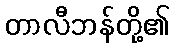
တာလီဘန်တို့၏